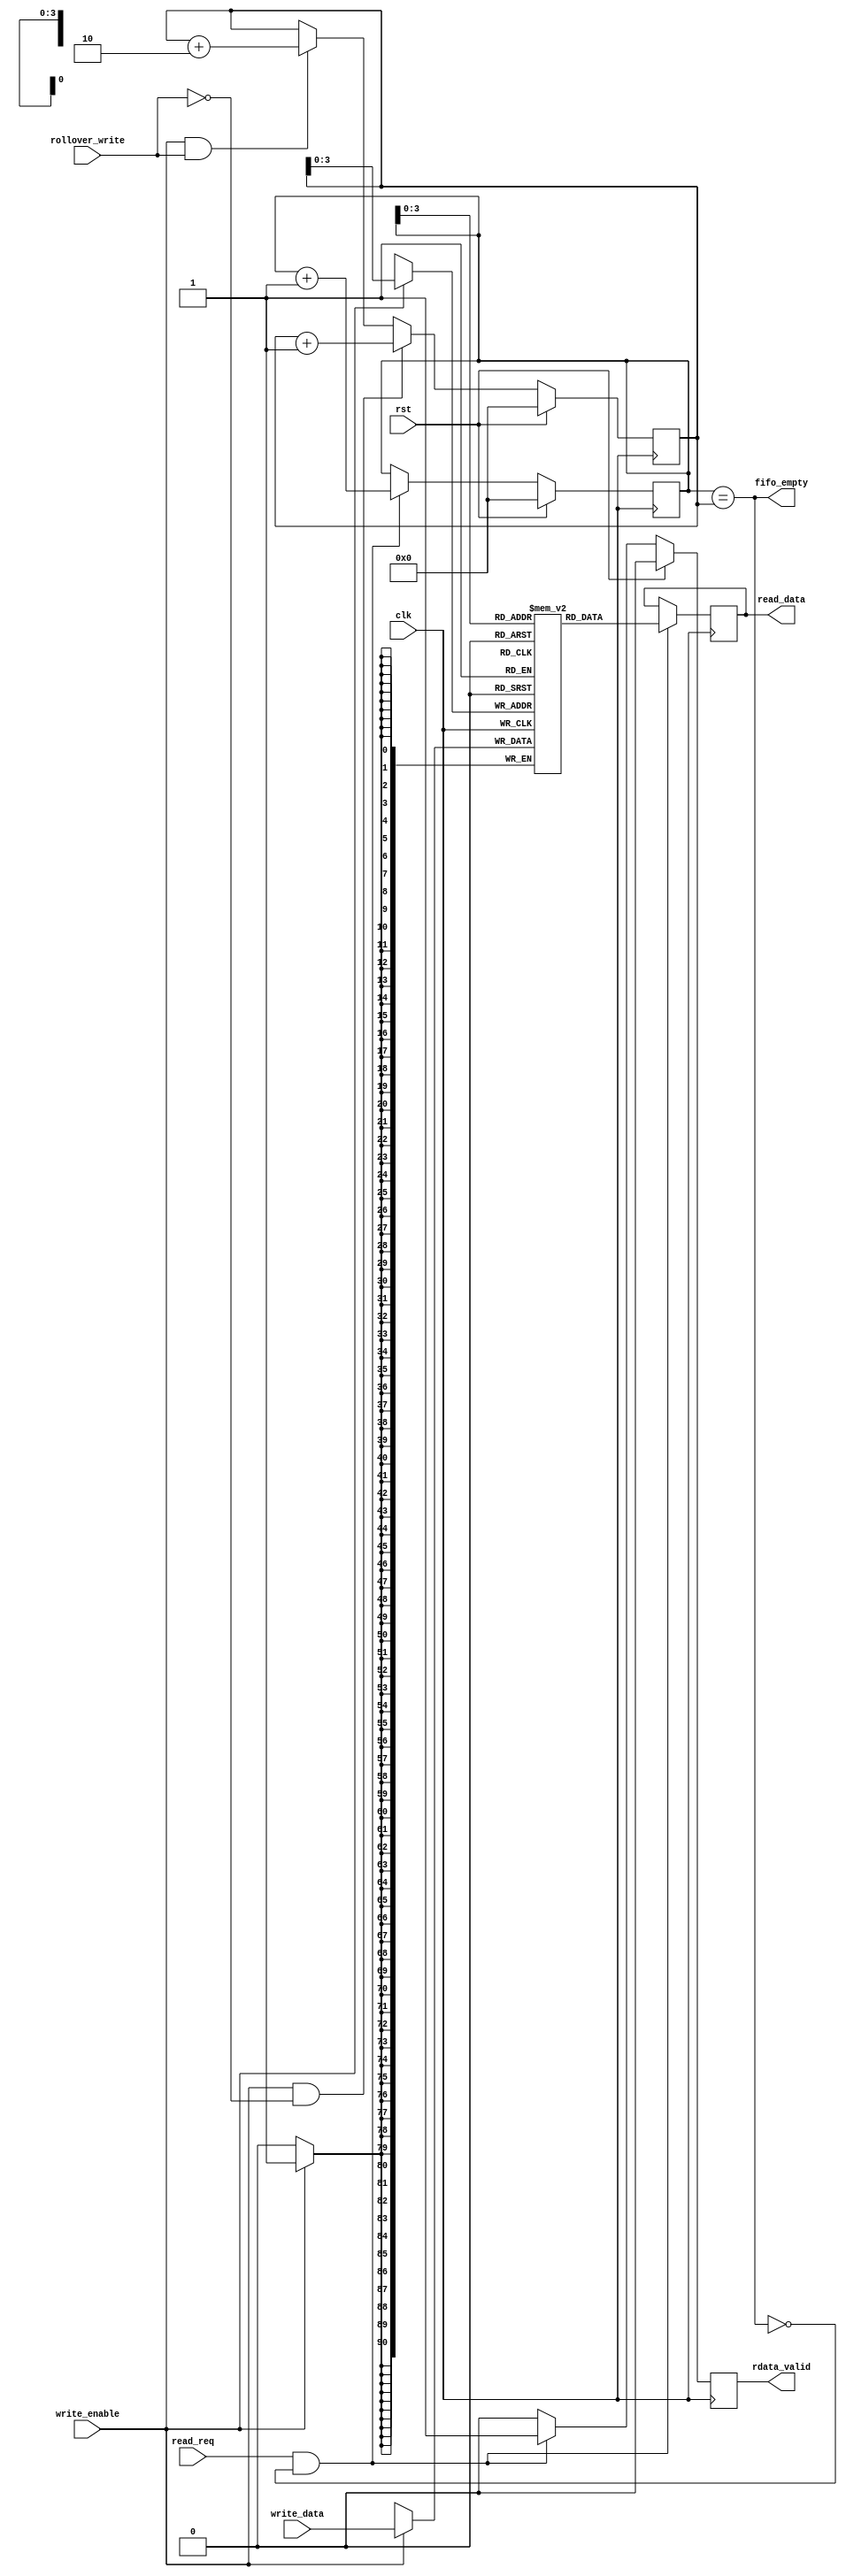
// JPEG Encoder Block
/* Made by D. Krishna Swaroop, 2017A3PS0315P as part of Study oriented Project in 6th Semester
   BITS Pilani. */

/* This FIFO is used for the ff_checker module.  */

`timescale 1ns / 100ps

module sync_fifo_ff (clk, rst, read_req, write_data, write_enable, rollover_write,
read_data, fifo_empty, rdata_valid);
//defining IO
input	clk;
input	rst;
input	read_req;
input [90:0] write_data;
input write_enable;
input rollover_write;
output [90:0]   read_data;  
output  fifo_empty; 
output	rdata_valid;
   
reg [4:0] read_ptr;
reg [4:0] write_ptr;
reg [90:0] mem [0:15];
reg [90:0] read_data;
reg rdata_valid;
wire [3:0] write_addr = write_ptr[3:0];
wire [3:0] read_addr = read_ptr[3:0];	
wire read_enable = read_req && (~fifo_empty);
assign fifo_empty = (read_ptr == write_ptr);


always @(posedge clk)
  begin
   if (rst)
      write_ptr <= {(5){1'b0}};
   else if (write_enable & !rollover_write)
      write_ptr <= write_ptr + {{4{1'b0}},1'b1};
   else if (write_enable & rollover_write)
      write_ptr <= write_ptr + 5'b00010;
   // A rollover_write means that there have been a total of 4 FF's
   // that have been detected in the bitstream.  So an extra set of 32
   // bits will be put into the bitstream (due to the 4 extra 00's added
   // after the 4 FF's), and the input data will have to 
   // be delayed by 1 clock cycle as it makes its way into the output
   // bitstream.  So the write_ptr is incremented by 2 for a rollover, giving
   // the output the extra clock cycle it needs to write the 
   // extra 32 bits to the bitstream.  The output
   // will read the dummy data from the FIFO, but won't do anything with it,
   // it will be putting the extra set of 32 bits into the bitstream on that
   // clock cycle.
  end

always @(posedge clk)
begin
   if (rst)
      rdata_valid <= 1'b0;
   else if (read_enable)
      rdata_valid <= 1'b1;
   else
   	  rdata_valid <= 1'b0;  
end
  
always @(posedge clk)
 begin
   if (rst)
      read_ptr <= {(5){1'b0}};
   else if (read_enable)
      read_ptr <= read_ptr + {{4{1'b0}},1'b1};
end

// Mem write
always @(posedge clk)
  begin
   if (write_enable)
     mem[write_addr] <= write_data;
  end
// Mem Read
always @(posedge clk)
  begin
   if (read_enable)
      read_data <= mem[read_addr];
  end
  
endmodule